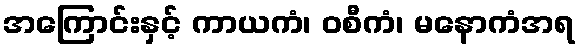
အကြောင်းနှင့် ကာယကံ၊ ဝစီကံ၊ မနောကံအရ